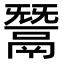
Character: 鬵